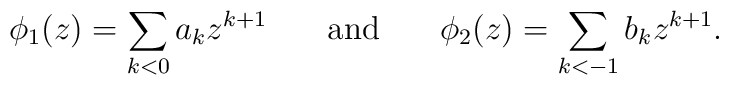
\phi_1 (z) = \sum _{k<0} a_k z^{k+1} \hspace{0.3in}  {\rm and} \hspace{0.3in} \phi_2 (z) = \sum_{k<-1} b_k z^{k+1}.